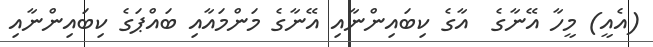
(އެއީ) މީހާ އޭނާގެ  އާގެ ކިބައިންނާއި އޭނާގެ މަންމައާއި ބައްޕަގެ ކިބައިންނާއި